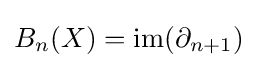
B_{n}(X)=\mathrm {im} (\partial _{n+1})